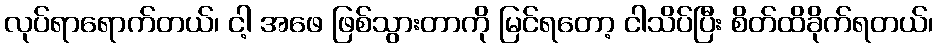
လုပ်ရာရောက်တယ်၊ ငါ့ အဖေ ဖြစ်သွားတာကို မြင်ရတော့ ငါသိပ်ပြီး စိတ်ထိခိုက်ရတယ်၊